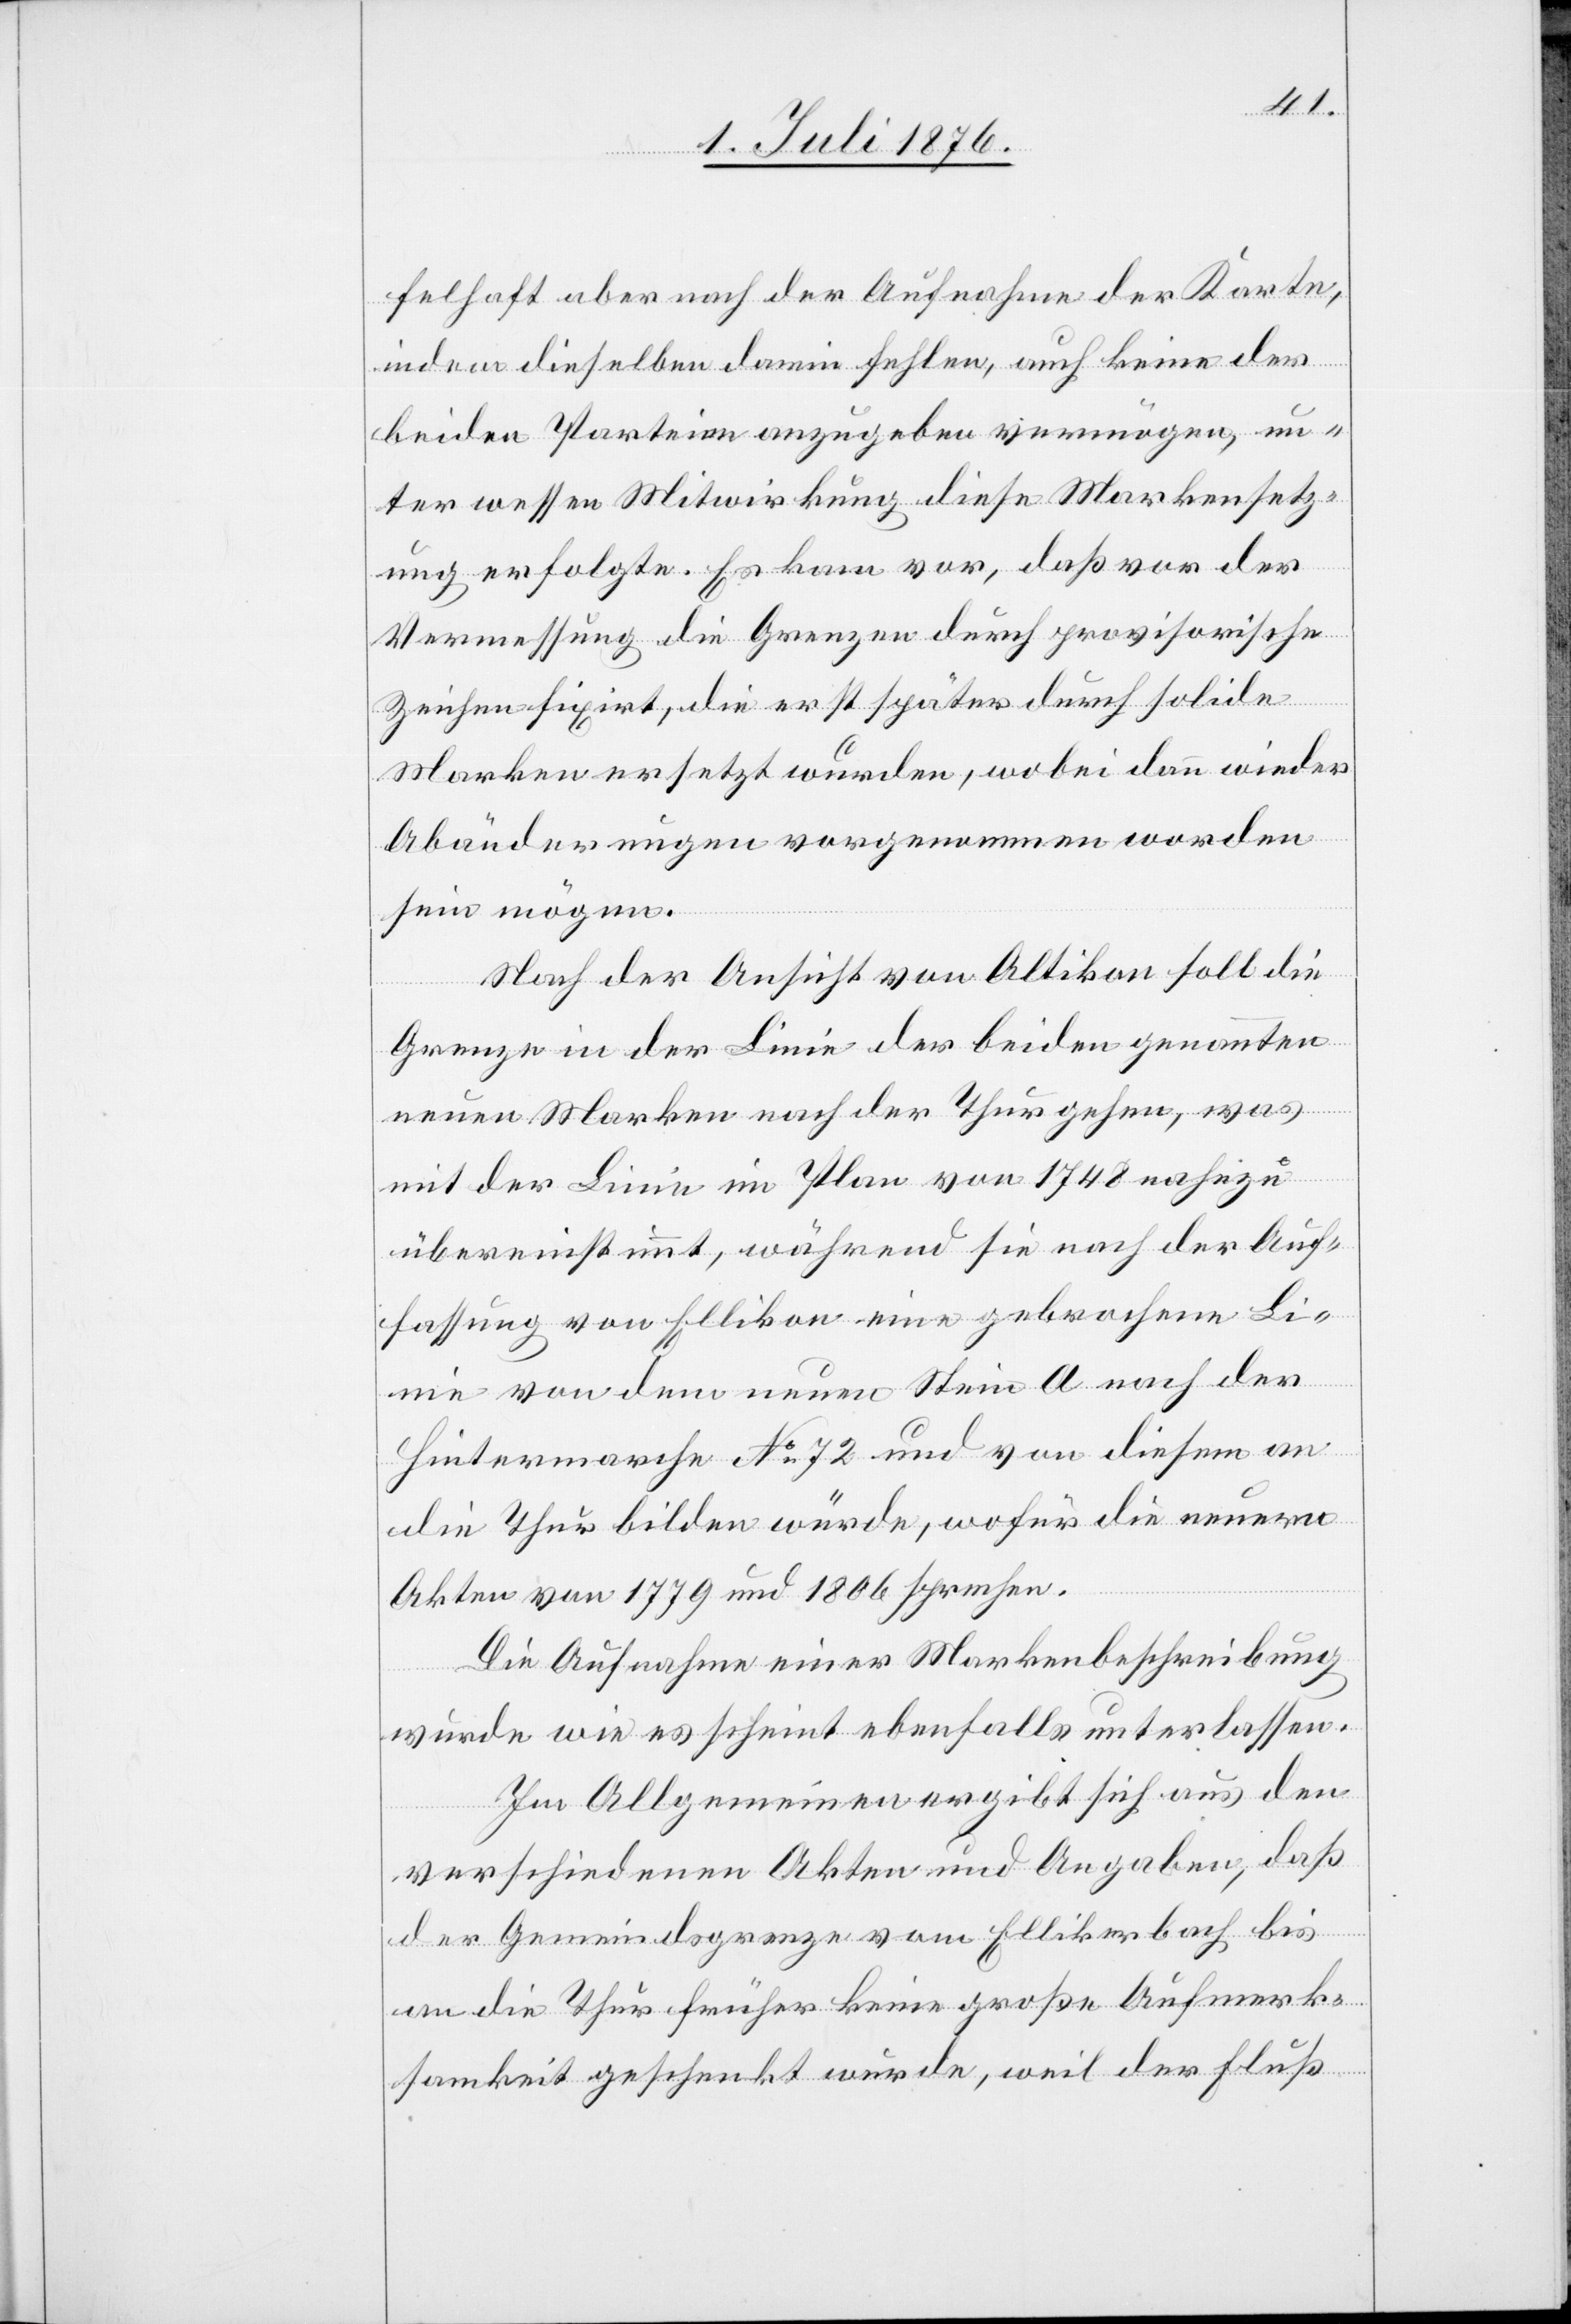
felhaft aber nach der Aufnahme der Karte,
indem dieselben darin fehlen, auch keine der
beiden Parteien anzugeben vermögen, un¬
ter wessen Mitwirkung diese Markensetz¬
ung erfolgte. Es kam vor, daß vor der
Vermessung die Grenzen durch provisorische
Zeichen fixirt, die erst später durch solide
Marken ersetzt wurden, wobei dann wieder
Abänderungen vorgenommen worden
sein mögen.
Nach der Ansicht von Altikon soll die
Grenze in der Linie der beiden genannten
neuen Marken nach der Thur gehen, was
mit der Linie im Plane von 1748 nahezu
übereinstimmt, während sie nach der Auf¬
fassung von Ellikon eine gebrochene Li¬
nie von dem neuen Stein A nach der
Hintermarche No 72 und von diesem an
die Thur bilden würde, wofür die neuern
Akten von 1779 und 1806 sprechen.
Die Aufnahme einer Markenbeschreibung
wurde wie es scheint ebenfalls unterlassen.
Im Allgemeinen ergibt sich aus den
verschiedenen Akten und Angaben, daß
der Gemeindsgrenze vom Ellikerbach bis
an die Thur früher keine große Aufmerk¬
samkeit geschenkt wurde, weil der Fluß